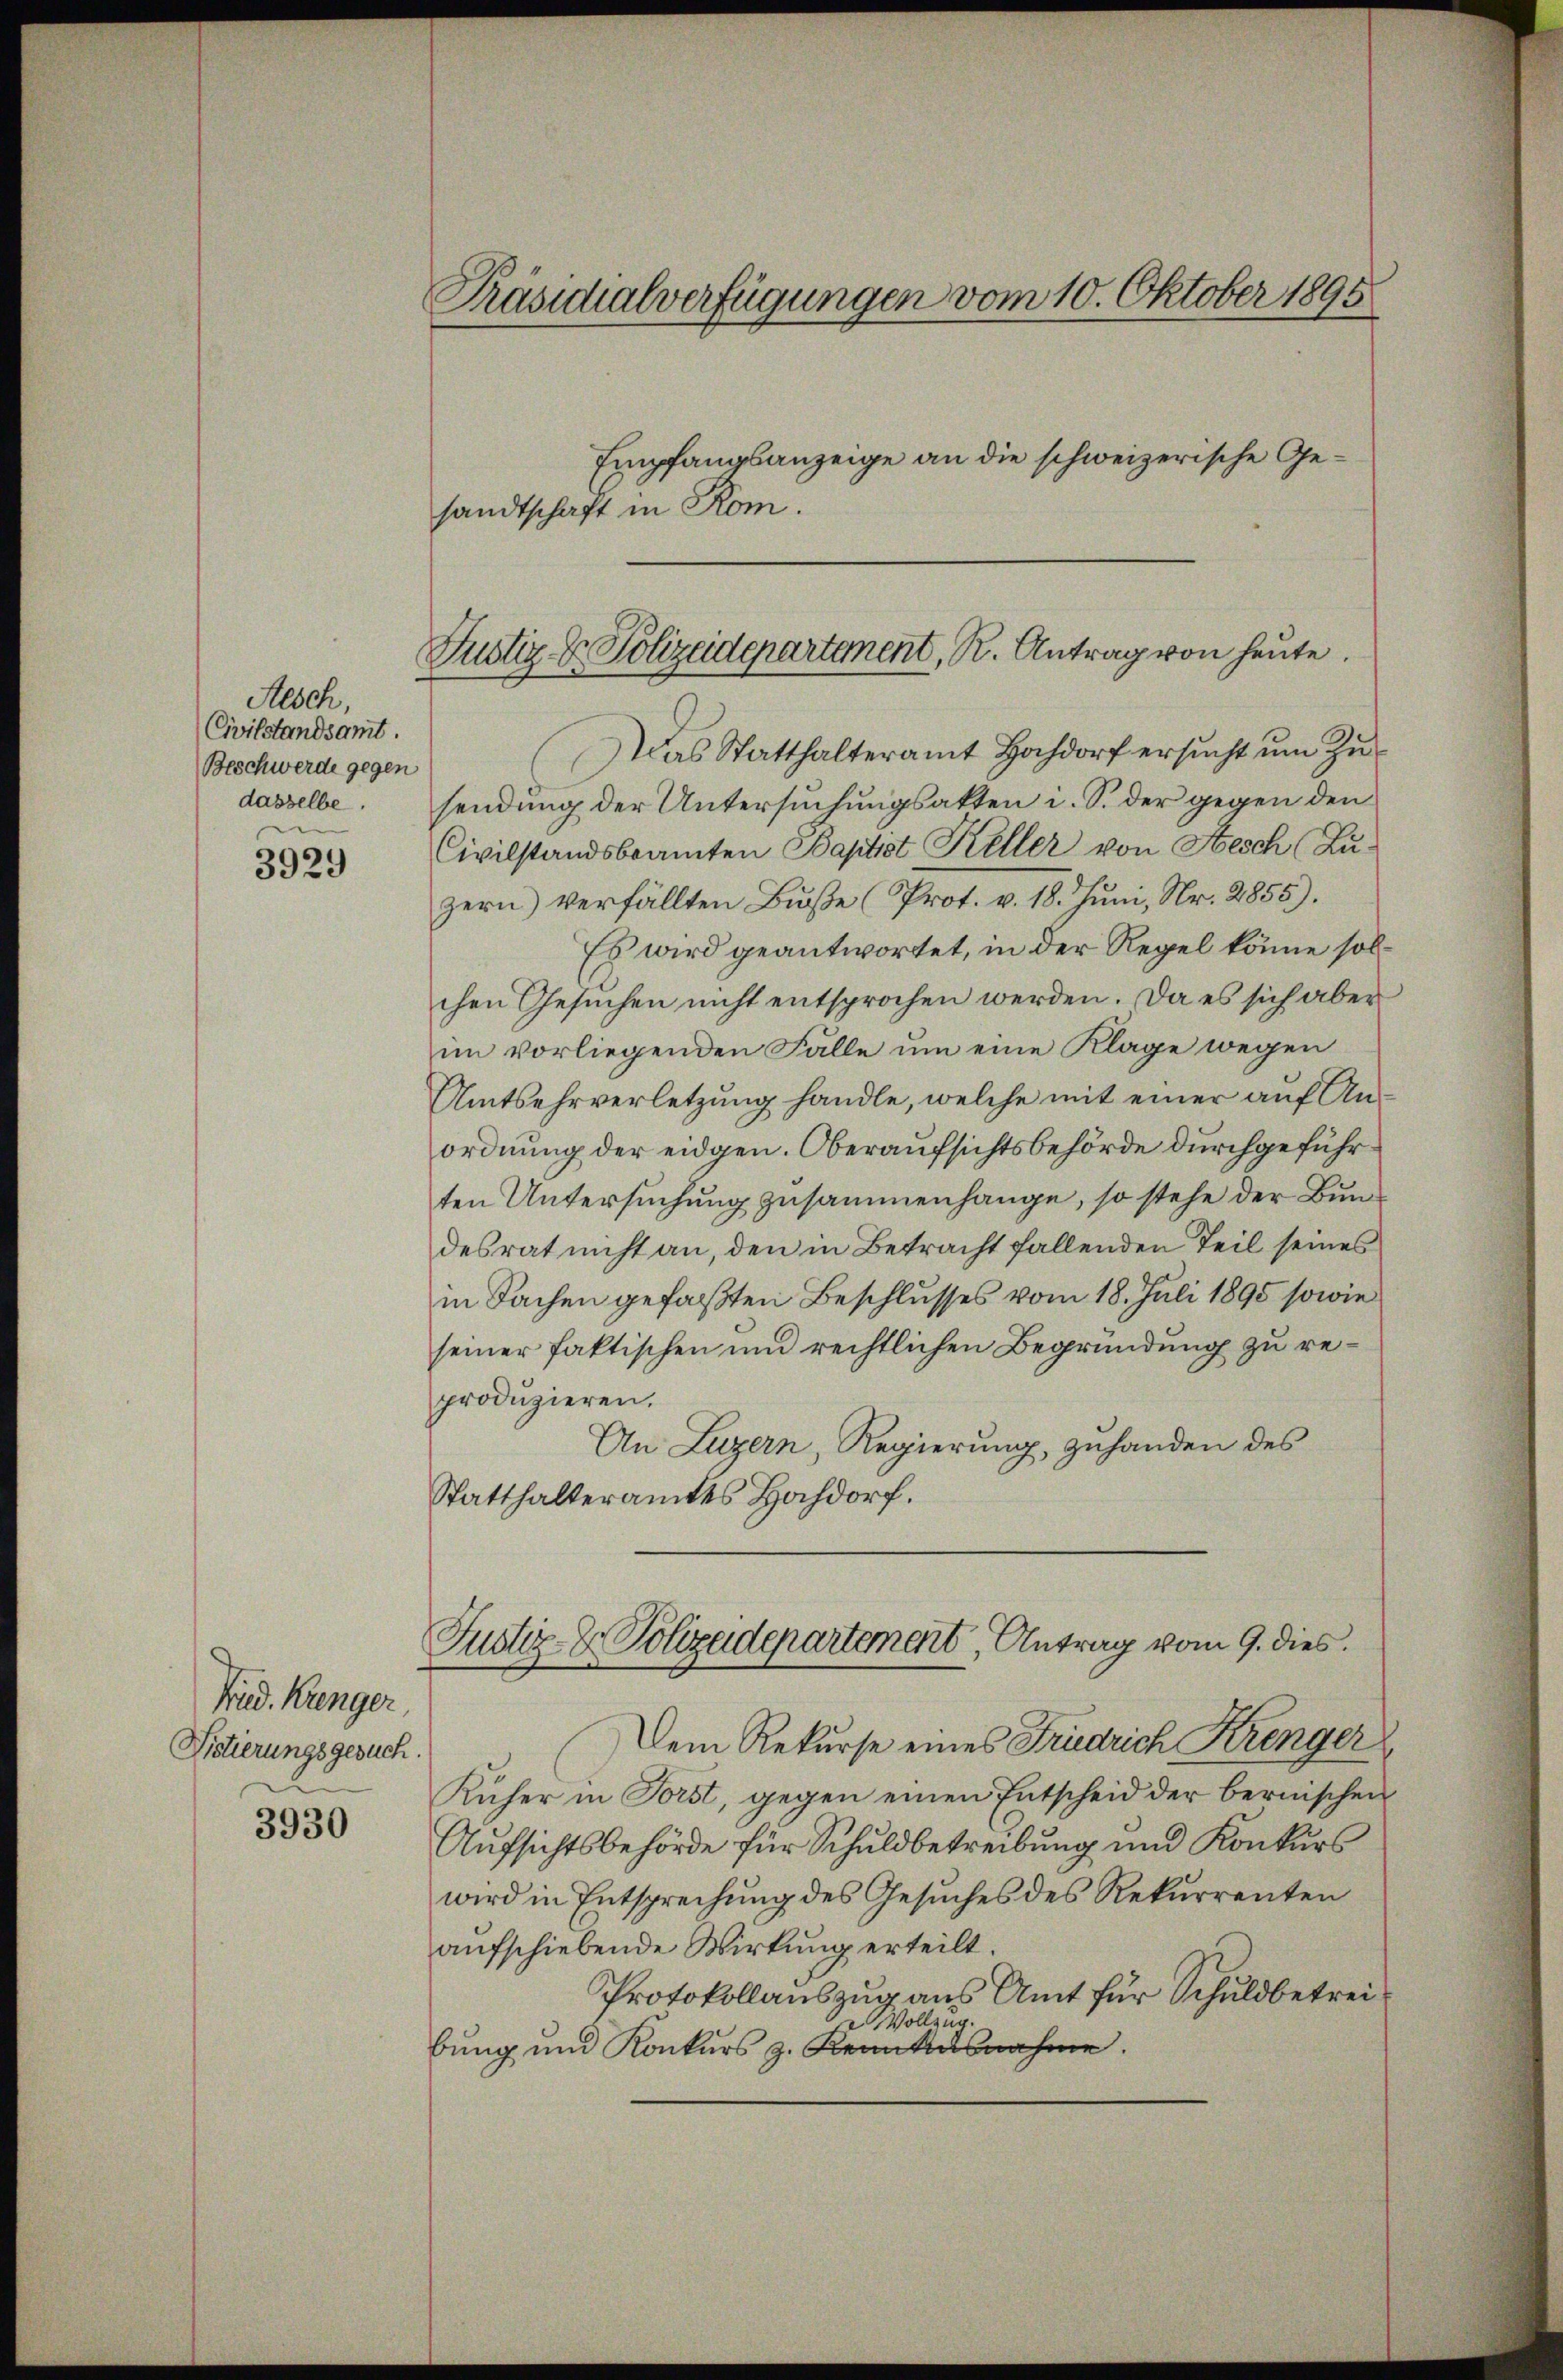
Alsch,
Civilstandsamt.
Beschwerde gegen
dasselbe.
n

3929

Fried. Krenger,
Vietierungsgesuch.

3930

Präsidialverfügungen vom 10. Oktober 1895

Justiz- & Polizeidepartement, R. Antrag von heute.

Empfangsanzeige an die schweizerische Gesandtschaft in Rom.
Das Statthalteramt Hochdorf ersucht um Zusendung der Untersuchungsakten i. S. der gegen den
Civilstandsbeamten Baptist Keller von Aesch (Luzern) verfällten Buße (Prot. v. 18. Juni, Nr. 2855).
Es wird geantwortet, in der Regel könne solchen Gesuchen nicht entsprochen werden. Da es sich aber
im vorliegenden Falle um eine Klage wegen
Amtsehrverletzung handle, welche mit einer auf Anordnung der eidgen. Oberaufsichtsbehörde durchgeführten Untersuchung zusammenhange, so stehe der Bundesrat nicht an, den in Betracht fallenden Teil seines
in Sachen gefaßten Beschlusses vom 18. Juli 1895 sowie
seiner faktischen und rechtlichen Begründung zu reproduzieren.
An Luzern, Regierung, zuhanden des
Statthalteramtes Hochdorf.
Justiz- & Polizeidepartement, Antrag vom 9. dies
Dem Rekurse eines Fridrich Krenger
Rüher in Forst, gegen einen Entscheid der bernischen
Aufsichtsbehörde für Schuldbetreibung und Konkurs
wird in Entsprechung des Gesuches des Rekurrenten
aufschiebende Wirkung erteilt.
Protokollauszug aus Amt für Schuldbetrei¬
u Vollzug
bung und Konkurs z. Krankusnahme.